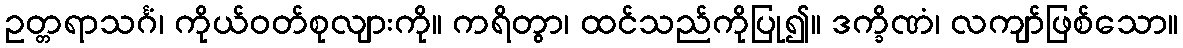
ဥတ္တရာသင်္ဂံ၊ ကိုယ်ဝတ်စုလျားကို။ ကရိတွာ၊ ထင်သည်ကိုပြု၍။ ဒက္ခိဏံ၊ လကျာ်ဖြစ်သော။